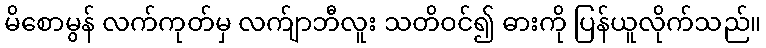
မိစောမွန် လက်ကုတ်မှ လက်ျာဘီလူး သတိဝင်၍ ဓားကို ပြန်ယူလိုက်သည်။